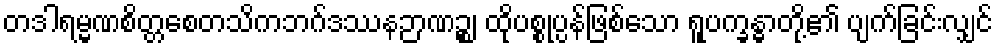
တဒါရမ္မဏစိတ္တစေတသိကဘဂ်ဒဿနဉာဏဉ္စ၊ ထိုပစ္စုပ္ပန်ဖြစ်သော ရူပက္ခန္ဓာတို့၏ ပျက်ခြင်းလျှင်